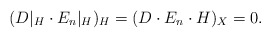
\begin{align*}(D\vert_H \cdot E_n\vert_H)_H = (D \cdot E_n \cdot H)_X = 0.\end{align*}